Report on vaccination in Madras 1895-1903 - 1895-1903
Year: 1895
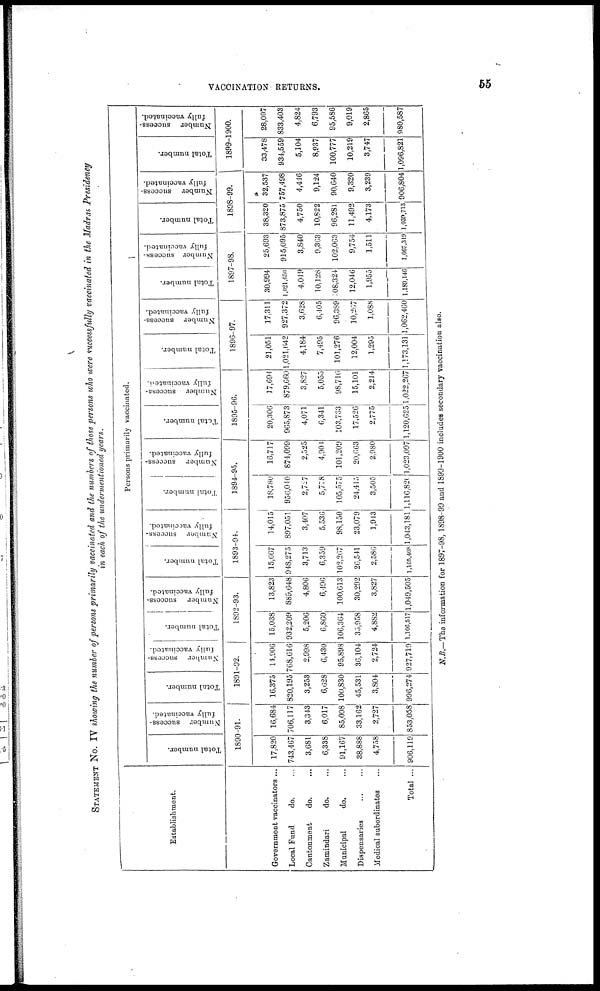
VACCINATION RETURNS.
55
STATEMENT No. IV showing the number of persons primarily vaccinated and the numbers of those persons who were successfully vaccinated in the Madras Presidency
in each of the undermentioned years.
Establishment.
Government vaccinators ...
Local Fund
do. ...
Cantonment
do. ...
Zamindari
do. ...
Municipal
do. ...
Dispensaries
...
...
Medical subordinates ...
Total ...
Persons primarily vaccinated.
Total number.
Number success-
fully vaccinated.
1890-91.
17,820
743,467
3,681
6,338
91,167
38,888
4,758
906,119
16,684
706,117
3,343
6,017
85,008
33,162
2,727
853,058
Total number.
Number success-
fully vaccinated.
1891-92.
16,375
820,195
3,253
6,028
100,830
45,531
3,804
996,274
14,906
768,616
2,998
6,430
95,898
36,104
2,724
927,719
Total number.
Number success-
fully vaccinated.
1892-93.
15,038
932,209
5,206
6,860
106,364
35,958
4,882
1,106,517
13,823
889,648
4,806
6,490
100,613
30,292
3,827
1,049,505
Total number.
Number success-
fully vaccinated.
1893-94.
15,667
948,275
3,713
6,359
102,207
26,541
2,586
1,105,408
14,015
897,051
3,407
5,536
98,150
23,079
1,913
1,043,181
Total number.
Number success-
fully vaccinated.
1894-95.
18,780
950,0-40
2,727
5,778
105,575
24,415
3,505
1,116,820
16,717
874,099
2,525
4,904
101,209
20,663
2,980
1,023,097
Total number.
Number success-
fully vaccinated.
1895-96.
20,306
965,873
4,071
6,341
103,733
17,526
2,775
1,120,625
17,694
879,660
3,827
5,055
98,716
15,101
2,214
1,022,267
Total number.
Number success-
fully vaccinated.
1896-97.
21,051
1,021,042
4,184
7,495
101,276
12,004
1,295
1,173,131
17,311
927,372
3,628
6,405
96,389
10,267
1,088
1,062,460
Total number.
Number success-
fully vaccinated.
1897-98.
30,994
1,021,650
4,049
10,128
08,324
12,046
1,955
1,189,146
25,693
915,095
3,840
9,303
102,063
9,754
1,511
1,067,310
Total number.
Number success-
fully vaccinated.
1898-99.
38,320
873,875
4,750
10,822
96,281
11,492
4,173
l,039,713
32,537
757,498
4,446
9,124
90,640
9,320
3,239
906,804
Total number.
Number success-
fully vaccinated.
1899-1900
33,478
934,559
5,104
8,937
100,777
10,219
3,747
1,096,821
28,097
833,403
4,824
6,793
95,586
9,019
2,865
980,587
N.B.— The information for 1897-98,1898-99 and 1899-1900 includes secondary vaccination also.